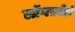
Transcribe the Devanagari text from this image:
लॉगफ़ोर्ड